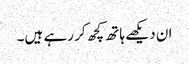
ان دیکھے ہاتھ کچھ کر رہے ہیں۔